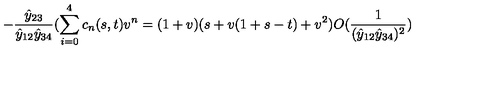
- \frac { \hat { y } _ { 2 3 } } { \hat { y } _ { 1 2 } \hat { y } _ { 3 4 } } ( \sum _ { i = 0 } ^ { 4 } c _ { n } ( s , t ) v ^ { n } = ( 1 + v ) ( s + v ( 1 + s - t ) + v ^ { 2 } ) O ( \frac { 1 } { ( \hat { y } _ { 1 2 } \hat { y } _ { 3 4 } ) ^ { 2 } } )